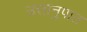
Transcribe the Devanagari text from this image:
उत्तानुपात